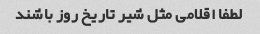
لطفا اقلامی مثل شیر تاریخ روز باشند